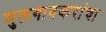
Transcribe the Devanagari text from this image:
मुलगावकरांचा